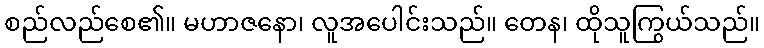
စည်လည်စေ၏။ မဟာဇနော၊ လူအပေါင်းသည်။ တေန၊ ထိုသူကြွယ်သည်။